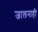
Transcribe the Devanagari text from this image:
जालनाही